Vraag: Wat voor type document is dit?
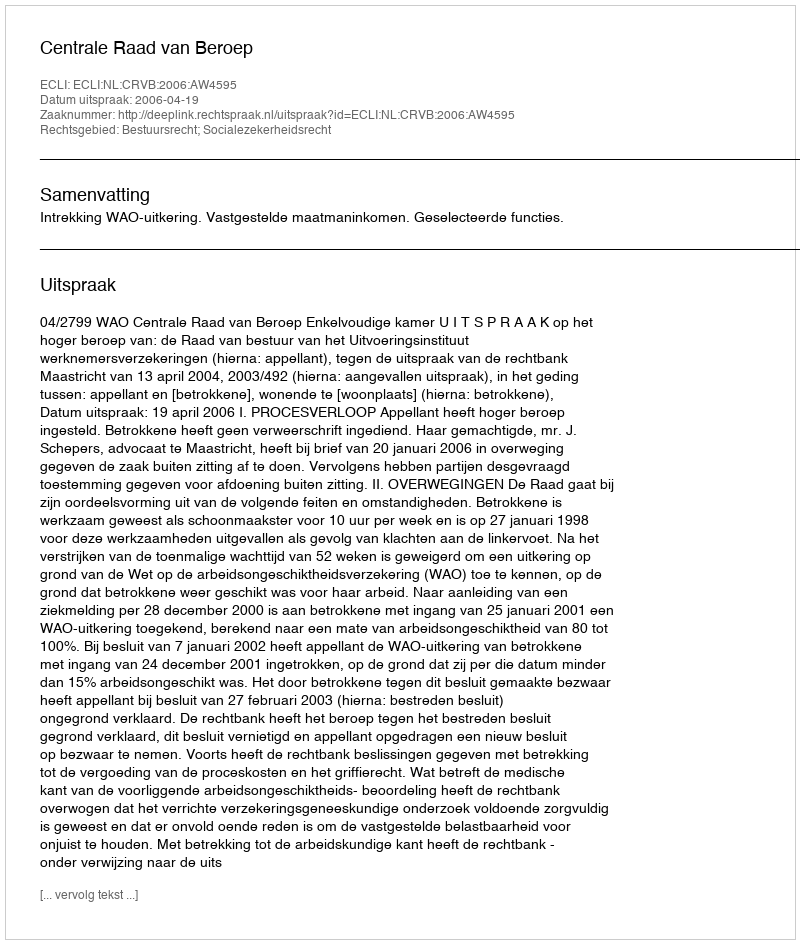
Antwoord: Uitspraak